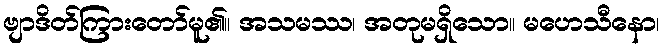
ဗျာဒိတ်ကြားတော်မူ၏။ အသမဿ၊ အတုမရှိသော။ မဟေသီနော၊